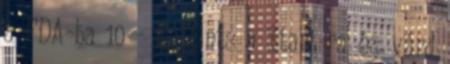
a PDA-ba 10 - Kattints a Start-ra és várd